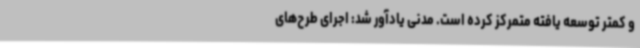
و کمتر توسعه یافته متمرکز کرده است. مدنی یادآور شد: اجرای طرح‌های